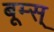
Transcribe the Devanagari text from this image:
बूम्स्